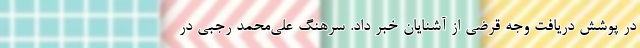
در پوشش دریافت وجه قرضی از آشنایان خبر داد. سرهنگ علی‌محمد رجبی در